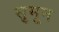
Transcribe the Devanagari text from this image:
सुमून